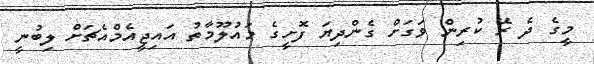
މީގެ ދެ ރޭ ކުރިން ވަގަށް ގެންދިޔަ ފޮށީގެ މައުލޫމާތު އައިޖީއެމްއެޗަށް ލިބުނީ